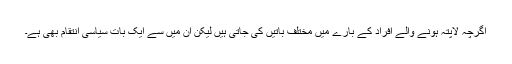
اگرچہ لاپتہ ہونے والے افراد کے بارے میں مختلف باتیں کی جاتی ہیں لیکن ان میں سے ایک بات سیاسی انتقام بھی ہے۔